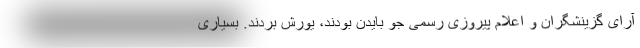
آرای گزینشگران و اعلام پیروزی رسمی جو بایدن بودند، یورش بردند. بسیاری